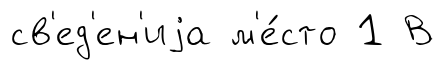
св'ед'ен'иjа м'е́сто 1 В